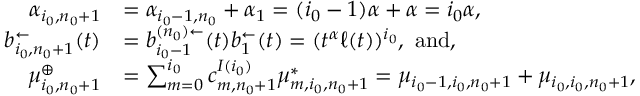
\begin{array} { r l } { \alpha _ { i _ { 0 } , n _ { 0 } + 1 } } & { = \alpha _ { i _ { 0 } - 1 , n _ { 0 } } + \alpha _ { 1 } = ( i _ { 0 } - 1 ) \alpha + \alpha = i _ { 0 } \alpha , } \\ { { b } _ { i _ { 0 } , n _ { 0 } + 1 } ^ { \leftarrow } ( t ) } & { = b _ { i _ { 0 } - 1 } ^ { ( n _ { 0 } ) \leftarrow } ( t ) b _ { 1 } ^ { \leftarrow } ( t ) = ( t ^ { \alpha } \ell ( t ) ) ^ { i _ { 0 } } , \mathrm { ~ a n d } , } \\ { \mu _ { i _ { 0 } , n _ { 0 } + 1 } ^ { \oplus } } & { = \sum _ { m = 0 } ^ { i _ { 0 } } c _ { m , n _ { 0 } + 1 } ^ { I ( i _ { 0 } ) } \mu _ { m , i _ { 0 } , n _ { 0 } + 1 } ^ { * } = \mu _ { i _ { 0 } - 1 , i _ { 0 } , n _ { 0 } + 1 } + \mu _ { i _ { 0 } , i _ { 0 } , n _ { 0 } + 1 } , } \end{array}